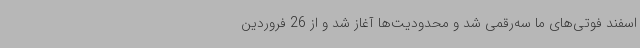
اسفند فوتی‌های ما سه‌رقمی شد و محدودیت‌ها آغاز شد و از 26 فروردین